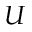
U